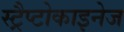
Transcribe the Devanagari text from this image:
स्ट्रैप्टोकाइनेज